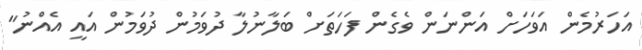
އަހަރުމެން އަވަހަށް އަންނަން ވެގެން ފަހަތަށް ބަލާނުލާ ދުވަމުން ދުވަމުން އައީ އެއްނު"